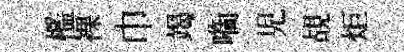
檻裸巾竭㗸児覘炬